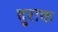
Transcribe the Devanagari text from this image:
दुराक